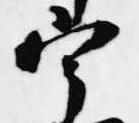
宰